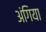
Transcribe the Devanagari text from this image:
अंगिया